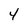
Character: 4